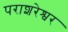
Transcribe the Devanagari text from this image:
पराशरेश्वर